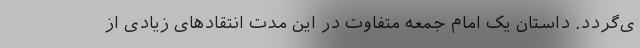
ی‌گردد. داستان یک امام جمعه متفاوت در این مدت انتقادهای زیادی از